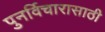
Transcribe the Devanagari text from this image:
पुनर्विचारासाठी